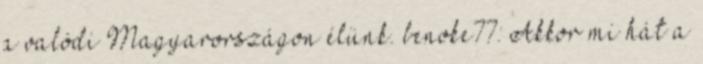
a valódi Magyarországon élünk. benoke77: Akkor mi hát a